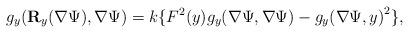
LaTeX: \begin{align*} {{g_y}({\bf R}_y(\nabla {\Psi }}),\nabla {\Psi })={k}\{{{F^2}(y){g_y}(\nabla {\Psi }},\nabla {\Psi }) - {g_y}{{(\nabla {\Psi}},y)}^2\},\end{align*}